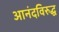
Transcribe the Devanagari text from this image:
आनंदविरुद्ध